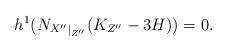
LaTeX: \begin{align*}h^1({N_{X''}}_{|_{Z''}}(K_{Z''}-3H))=0.\end{align*}